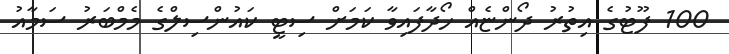
100 ފޫޓުގެ އިތުރު ދޯންޏެއް ހޯދާފައިވާ ކަމަށް ސިޓީ ކައުންސިލްގެ މެމްބަރު ސަމާއު